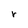
Character: r